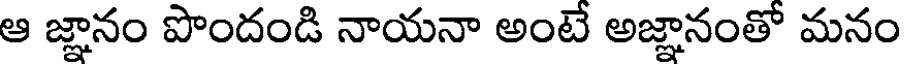
ఆ జ్ఞానం పొందండి నాయనా అంటే అజ్ఞానంతో మనం